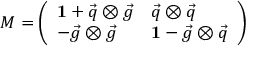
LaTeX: M = \left( \begin{array} { l l } { { { \bf 1 } + { \vec { q } } \otimes { \vec { g } } } } & { { { \vec { q } } \otimes { \vec { q } } } } \\ { { - { \vec { g } } \otimes { \vec { g } } } } & { { { \bf 1 } - { \vec { g } } \otimes { \vec { q } } } } \end{array} \right)